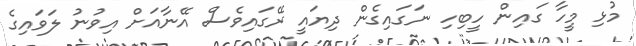
މުޅި މީހާ ގައިން ހީބިހި ނަގައިގެން ދިޔައީ ރޭގައިވެސް އޭނާއަށް އިވުނު ލަވައިގެ